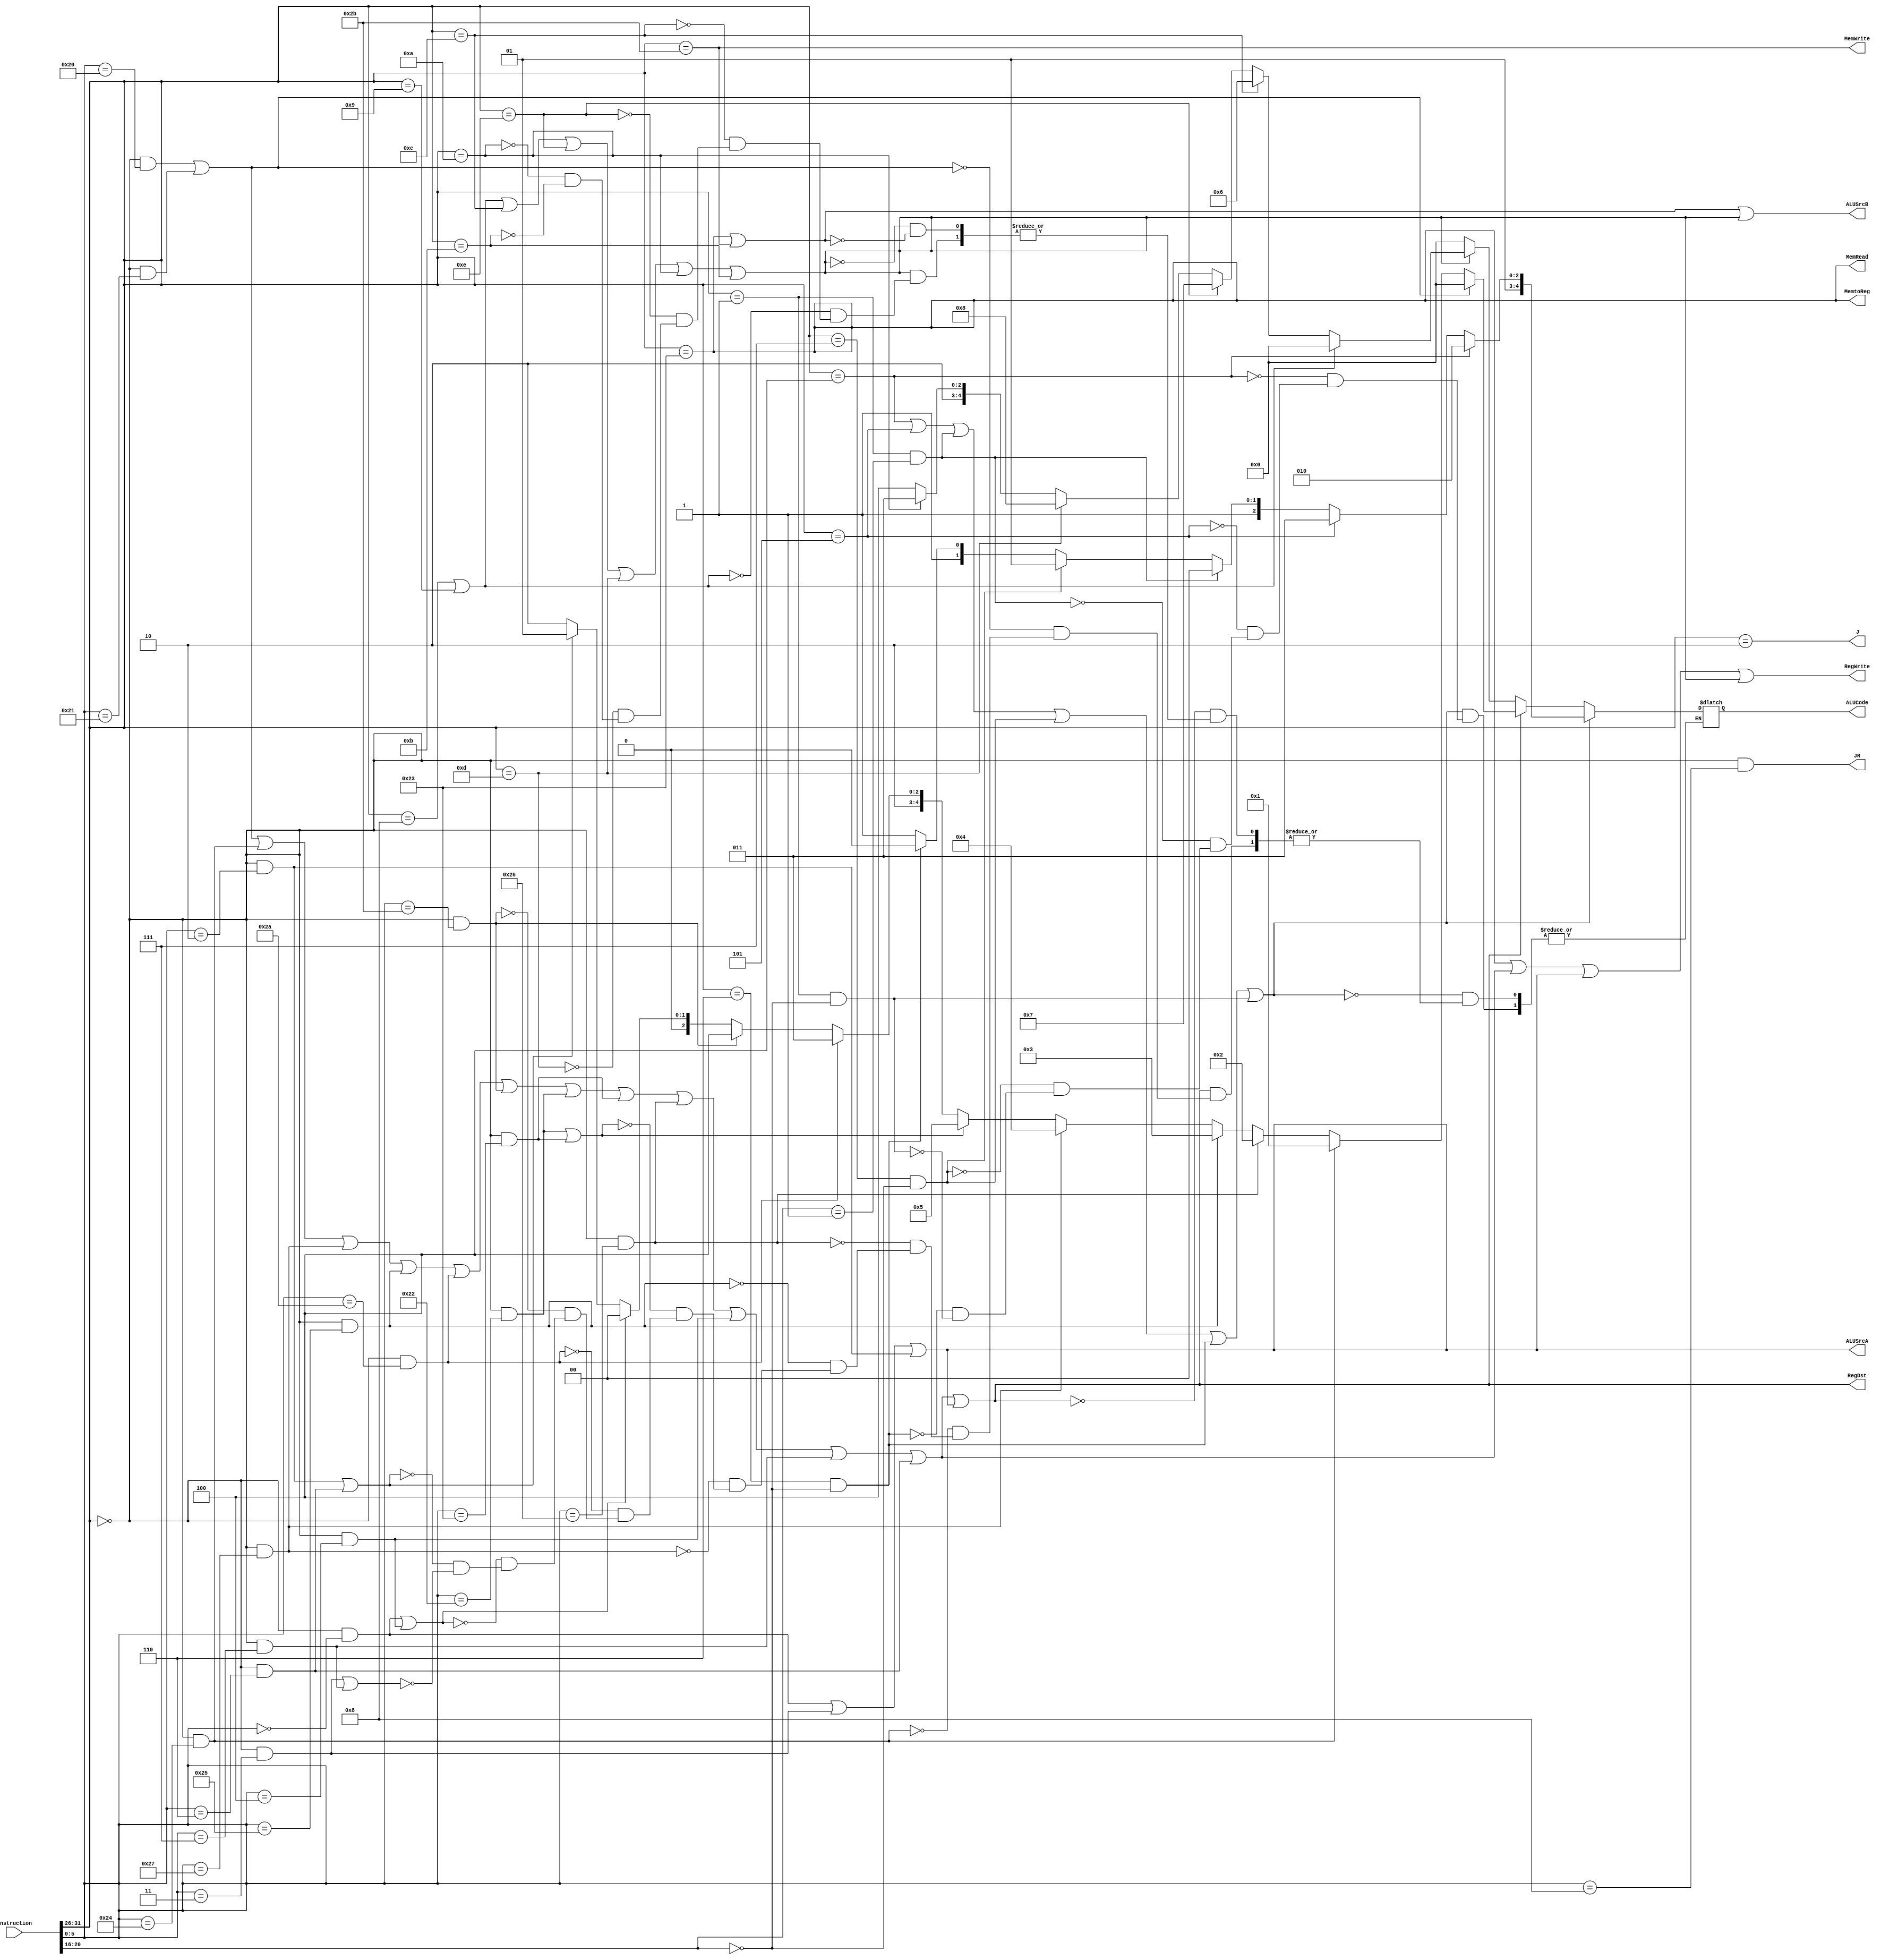
//******************************************************************************
// //
// Decode.v
//
// - Decodes the instructions
// - branch instruction condition are also determined and whether
//   the branch PC should be used 
// - ALU instructions are decoded and sent to the ALU
// - decode whether the instruction uses the Immediate field

//******************************************************************************

module Decode(   
	// Outputs
	MemtoReg, RegWrite, MemWrite, MemRead,ALUCode,ALUSrcA,ALUSrcB,
	RegDst,J ,JR, 

	// Inputs
Instruction
);

	
	input [31:0]	Instruction;			// current instruction
	output		   MemtoReg;			// use memory output as data to write into register
	output		   RegWrite;		// enable writing back to the register
	output		   MemWrite;			// write to memory
	output         MemRead;
	output reg[4:0]   ALUCode;     // ALU operation select
	output      	ALUSrcA,ALUSrcB;
	output         RegDst;
	output         J,JR;
	
	

//******************************************************************************
// instruction field
//******************************************************************************
	wire [5:0]		op;
	wire [4:0]		rt;
	wire [5:0]		funct;
	assign op			= Instruction[31:26];
	assign funct		= Instruction[5:0];
	assign rt   		= Instruction[20:16];
	

//******************************************************************************
//R_type instruction decode
//******************************************************************************

	
	parameter  R_type_op= 6'b000000;
   parameter  ADD_funct =  6'b100000;
	parameter  ADDU_funct = 6'b100001;
	parameter  AND_funct =  6'b100100;
	parameter  XOR_funct =  6'b100110;
	parameter  OR_funct =   6'b100101;
	parameter  NOR_funct =  6'b100111;
	parameter  SUB_funct =  6'b100010;
	parameter  SUBU_funct = 6'b100011;
	parameter  SLT_funct =  6'b101010;
	parameter  SLTU_funct = 6'b101011;	
	parameter  SLL_funct= 6'b000000;
	parameter  SLLV_funct=6'b000100;
	parameter  SRL_funct= 6'b000010;
	parameter  SRLV_funct=6'b000110;
	parameter  SRA_funct= 6'b000011;
	parameter  SRAV_funct=6'b000111;
	parameter  JR_funct= 6'b001000;
//******************************************************************************
// R_type1 instruction decode
//******************************************************************************
	wire  ADD,ADDU,AND,NOR,OR,SLT,SLTU,SUB,SUBU,XOR,SLLV, SRAV, SRLV,R_type1;
	assign ADD	= (op == R_type_op) && (funct ==ADD_funct);
	assign ADDU	= (op == R_type_op) && (funct == ADDU_funct);
	assign AND	= (op == R_type_op) && (funct == AND_funct);
	assign NOR	= (op == R_type_op) && (funct == NOR_funct);
	assign OR	= (op == R_type_op) && (funct == OR_funct);
	assign SLT	= (op == R_type_op) && (funct == SLT_funct);
	assign SLTU	= (op == R_type_op) && (funct == SLTU_funct);
	assign SUB	= (op == R_type_op) && (funct == SUB_funct);
	assign SUBU	= (op == R_type_op) && (funct == SUBU_funct);
	assign XOR	= (op == R_type_op) && (funct == XOR_funct);
	assign SLLV	= (op == R_type_op) && (funct == SLLV_funct);
	assign SRAV	= (op == R_type_op) && (funct == SRAV_funct);
	assign SRLV	= (op == R_type_op) && (funct == SRLV_funct);

	assign R_type1 =ADD || ADDU || AND || NOR || OR || SLT || SLTU || SUB 
	            || SUBU || XOR ||	SLLV || SRAV || SRLV;
	

//******************************************************************************
// R_type2 instruction decode
//******************************************************************************

	wire SLL, SRA, SRL,R_type2; 
	assign SLL    = (op ==  R_type_op) && (funct == SLL_funct);
	assign SRA    = (op ==  R_type_op) && (funct == SRA_funct);
	assign SRL    = (op ==  R_type_op) && (funct == SRL_funct);
	assign  R_type2=SLL || SRA || SRL;
	
//******************************************************************************
// JR instruction decode
//******************************************************************************	
	
	assign JR = (op ==  R_type_op) && (funct == JR_funct);


//******************************************************************************
// branch instructions decode
//******************************************************************************
	parameter BEQ_op=  6'b000100;
	parameter BNE_op = 6'b000101;   
	parameter BGEZ_op= 6'b000001;
	parameter BGEZ_rt= 5'b00001;
	parameter BGTZ_op= 6'b000111;
	parameter BGTZ_rt= 5'b00000;
	parameter BLEZ_op = 6'b000110;
	parameter BLEZ_rt = 5'b00000;
	parameter BLTZ_op= 6'b000001;
	parameter BLTZ_rt= 5'b00000;

	wire BEQ, BGEZ, BGTZ, BLEZ, BLTZ, BNE,Branch;
	
	assign BEQ     = (op ==BEQ_op );
	assign BNE     = (op ==BNE_op );
	assign BGEZ    = (op == BGEZ_op) && (rt == BGEZ_rt);
	assign BGTZ    = (op == BGTZ_op) && (rt== BGTZ_rt);
	assign BLEZ    = (op == BLEZ_op) && (rt == BLEZ_rt);
	assign BLTZ    = (op == BLTZ_op) && (rt ==BLTZ_rt);
	assign Branch=BEQ || BNE ||BGEZ  || BGTZ || BLEZ ||BLTZ;

//******************************************************************************
// Jump instructions decode
//******************************************************************************
	parameter	J_op=6'b000010;
	assign J=(op == J_op);
	
	
	

//******************************************************************************
// I_type instruction decode
//******************************************************************************	
	parameter  ADDI_op = 6'b001000;
	parameter  ADDIU_op= 6'b001001;
	parameter  ANDI_op = 6'b001100;
	parameter  XORI_op = 6'b001110;
	parameter  ORI_op  = 6'b001101;
	parameter  SLTI_op = 6'b001010;
	parameter  SLTIU_op= 6'b001011;
	
	wire ADDI,ADDIU,ANDI,XORI,ORI,SLTI,SLTIU,I_type;
	assign  ADDI = (op ==  ADDI_op) ;	
	assign  ADDIU= (op ==  ADDIU_op) ;
	assign  ANDI=  (op ==  ANDI_op) ;
	assign  XORI=  (op ==  XORI_op) ;
	assign  SLTI=  (op ==  SLTI_op) ;
	assign  SLTIU= (op ==  SLTIU_op) ;
	assign  ORI=   (op ==  ORI_op) ;
	
	assign I_type=ADDI || ADDIU || ANDI || XORI || ORI || SLTI || SLTIU;
//******************************************************************************
// SW ,LW instruction decode
//******************************************************************************	
   parameter  SW_op = 6'b101011;
	parameter  LW_op = 6'b100011;
	wire SW,LW;
	assign  SW=  (op ==  SW_op) ;
	assign  LW=  (op ==  LW_op) ;

 	
//******************************************************************************
//  Control Singal 
//******************************************************************************
	assign RegWrite = LW||R_type1||R_type2||I_type;
	assign RegDst = R_type1||R_type2;
	assign MemWrite = SW;
	assign MemRead = LW;
	assign MemtoReg = LW;
	assign ALUSrcA = R_type2;
	assign ALUSrcB = LW||SW||I_type;	

//******************************************************************************
//  ALUCode 
//******************************************************************************//
	parameter	 alu_add=  5'b00000;
   parameter	 alu_and=  5'b00001;
   parameter	 alu_xor=  5'b00010;
   parameter	 alu_or =  5'b00011;
   parameter	 alu_nor=  5'b00100;
   parameter	 alu_sub=  5'b00101;
   parameter	 alu_andi= 5'b00110;
	parameter	 alu_xori= 5'b00111;
	parameter	 alu_ori = 5'b01000;
	parameter    alu_jr =  5'b01001;
	parameter	 alu_beq=  5'b01010;
   parameter	 alu_bne=  5'b01011;
	parameter	 alu_bgez= 5'b01100;
   parameter	 alu_bgtz= 5'b01101;
   parameter	 alu_blez= 5'b01110;
   parameter	 alu_bltz= 5'b01111;
	parameter 	 alu_sll=  5'b10000;
	parameter	 alu_srl=  5'b10001;
	parameter	 alu_sra=  5'b10010;	
	parameter	 alu_slt=  5'b10011;
   parameter	 alu_sltu= 5'b10100;
  
  always @(*)
  begin
    if(Branch)
      begin
        if(BEQ) ALUCode <= alu_beq;
        else if(BNE)  ALUCode <= alu_bne;
        else if(BGEZ) ALUCode <= alu_bgez;
        else if(BGTZ) ALUCode <= alu_bgtz;
        else if(BLEZ) ALUCode <= alu_blez;
        else if(BLTZ) ALUCode <= alu_bltz; 
      end
    else if(R_type1||R_type2)
      begin
        if(ADD||ADDU) ALUCode <= alu_add;
        else if(AND)  ALUCode <= alu_and;
        else if(XOR)  ALUCode <= alu_xor;
        else if(OR)   ALUCode <= alu_or;
        else if(NOR)  ALUCode <= alu_nor;
        else if(SUB||SUBU)  ALUCode <= alu_sub;
        else if(SLT)  ALUCode <= alu_slt;
        else if(SLTU) ALUCode <= alu_sltu;
        else if(SLL||SLLV)  ALUCode <= alu_sll;
        else if(SRL||SRLV)  ALUCode <= alu_srl;
        else if(SRA||SRAV)  ALUCode <= alu_sra;
      end
    else if(I_type)
      begin
        if(ADDI||ADDIU) ALUCode <= alu_add;
        else if(ANDI)   ALUCode <= alu_andi;
        else if(XORI)   ALUCode <= alu_xori;
        else if(ORI)    ALUCode <= alu_ori;
        else if(SLTI)   ALUCode <= alu_slt;
        else if(SLTIU)  ALUCode <= alu_sltu;
      end
    else if(SW||LW) ALUCode <= alu_add;
	end
	
endmodule